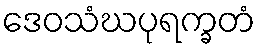
ဒေဝသံဃပုရက္ခတံ